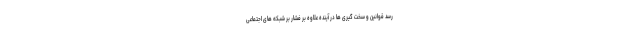
رسد قوانین و سخت گیری ها در آینده علاوه بر فشار بر شبکه های اجتماعی